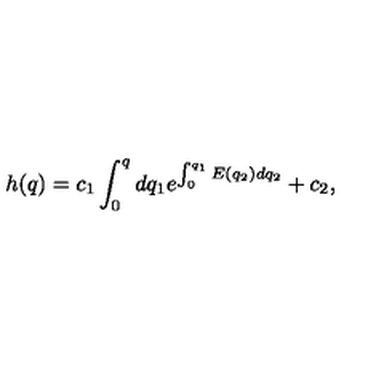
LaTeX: h ( q ) = c _ { 1 } \int _ { 0 } ^ { q } d q _ { 1 } e ^ { \int _ { 0 } ^ { q _ { 1 } } E ( q _ { 2 } ) d q _ { 2 } } + c _ { 2 } ,